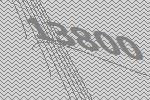
13800